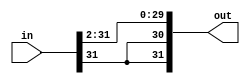
module shiftRight2(in, out);

	input [31:0] in;
	
	output [31:0] out;
	
	assign out[29:0] = in[31:2];
	assign out[31:30] = {2{in[31]}};

endmodule